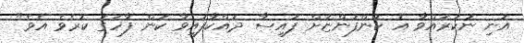
އުނި ނުކުރައްވާ އެ ކުންފުންޏަށް ފައިސާ ދައްކާފައިވާ ކަން ފާހަގަ ކުރެވެ އެވެ"